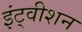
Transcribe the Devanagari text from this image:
इंट्वीशन